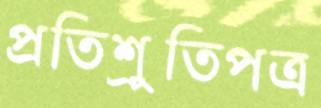
প্রতিশ্রুতিপত্র